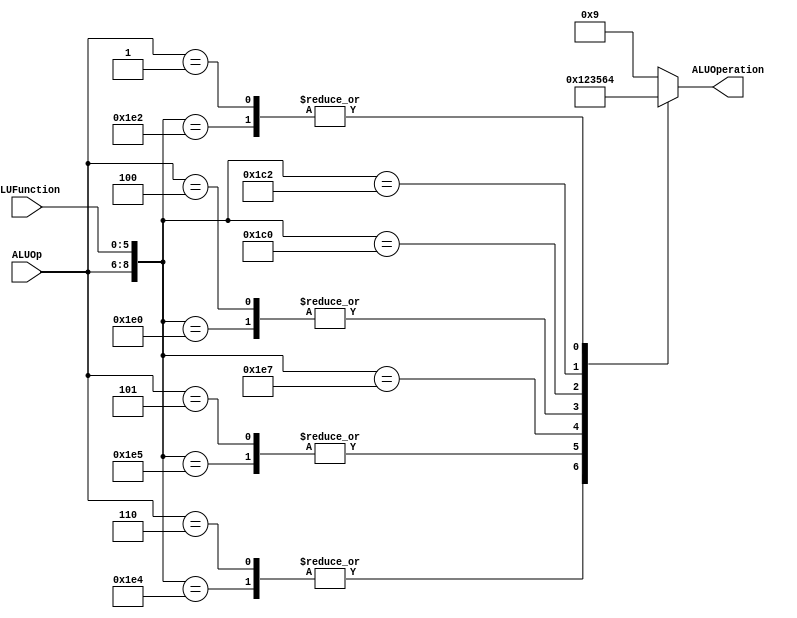
/******************************************************************
* Description
*	This is the control unit for the ALU. It receves an signal called 
*	ALUOp from the control unit and a signal called ALUFunction from
*	the intrctuion field named function.
* Version:
*	1.0
* Author:
*	MSc. Jos Luis Pizano Escalante
* Date:
*	01/03/2014
******************************************************************/
module ALUControl
(
	input [2:0] ALUOp,
	input [5:0] ALUFunction,
	output [3:0] ALUOperation
);

localparam R_Type_AND  = 9'b111_100100;
localparam R_Type_OR   = 9'b111_100101;
localparam R_Type_NOR  = 9'b111_100111;
localparam R_Type_ADD  = 9'b111_100000;
localparam R_Type_SUB  = 9'b111_100010;
localparam R_Type_SLL  = 9'b111_000000;
localparam R_Type_SRL  = 9'b111_000010;
localparam R_Type_JR   = 9'b111_001000;
localparam I_Type_ADDI = 9'b100_xxxxxx;
localparam I_Type_ORI  = 9'b101_xxxxxx;
localparam I_Type_ANDI = 9'b110_xxxxxx;
localparam BEQ_AND_BNE = 9'b001_xxxxxx;

reg [3:0] ALUControlValues;
wire [8:0] Selector;

assign Selector = {ALUOp,ALUFunction};

always@(Selector)begin
	casex(Selector)
		R_Type_AND:  ALUControlValues = 4'b0000;
		I_Type_ANDI: ALUControlValues = 4'b0000;
		R_Type_OR:   ALUControlValues = 4'b0001;
		I_Type_ORI:  ALUControlValues = 4'b0001;
		R_Type_NOR:  ALUControlValues = 4'b0010;
		R_Type_ADD:  ALUControlValues = 4'b0011;
		I_Type_ADDI: ALUControlValues = 4'b0011;
		R_Type_SUB:  ALUControlValues = 4'b0100;
		R_Type_SLL:  ALUControlValues = 4'b0101;
		R_Type_SRL:  ALUControlValues = 4'b0110;
		BEQ_AND_BNE: ALUControlValues = 4'b0100;
		default: ALUControlValues = 4'b1001;
	endcase
end


assign ALUOperation = ALUControlValues;

endmodule